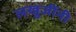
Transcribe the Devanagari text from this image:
लखुजींनी